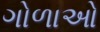
ગોળાઓ